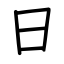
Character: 日